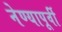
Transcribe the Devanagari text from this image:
नेण्यापूर्वी